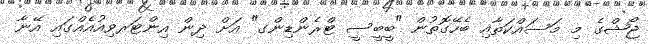
ޖޯޝްގެ މި މަސައްކަތާއި ބެހޭގޮތުން "ބީބީސީ ޓްރެންޑިންގ" އަށް ދިން އިންޓަރވިއުއެއްގައި އޭނާ